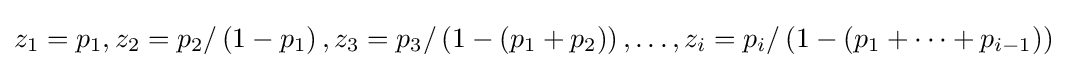
z_{1}=p_{1},z_{2}=p_{2}/\left(1-p_{1}\right),z_{3}=p_{3}/\left(1-(p_{1}+p_{2})\right),\ldots ,z_{i}=p_{i}/\left(1-\left(p_{1}+\cdots +p_{i-1}\right)\right)